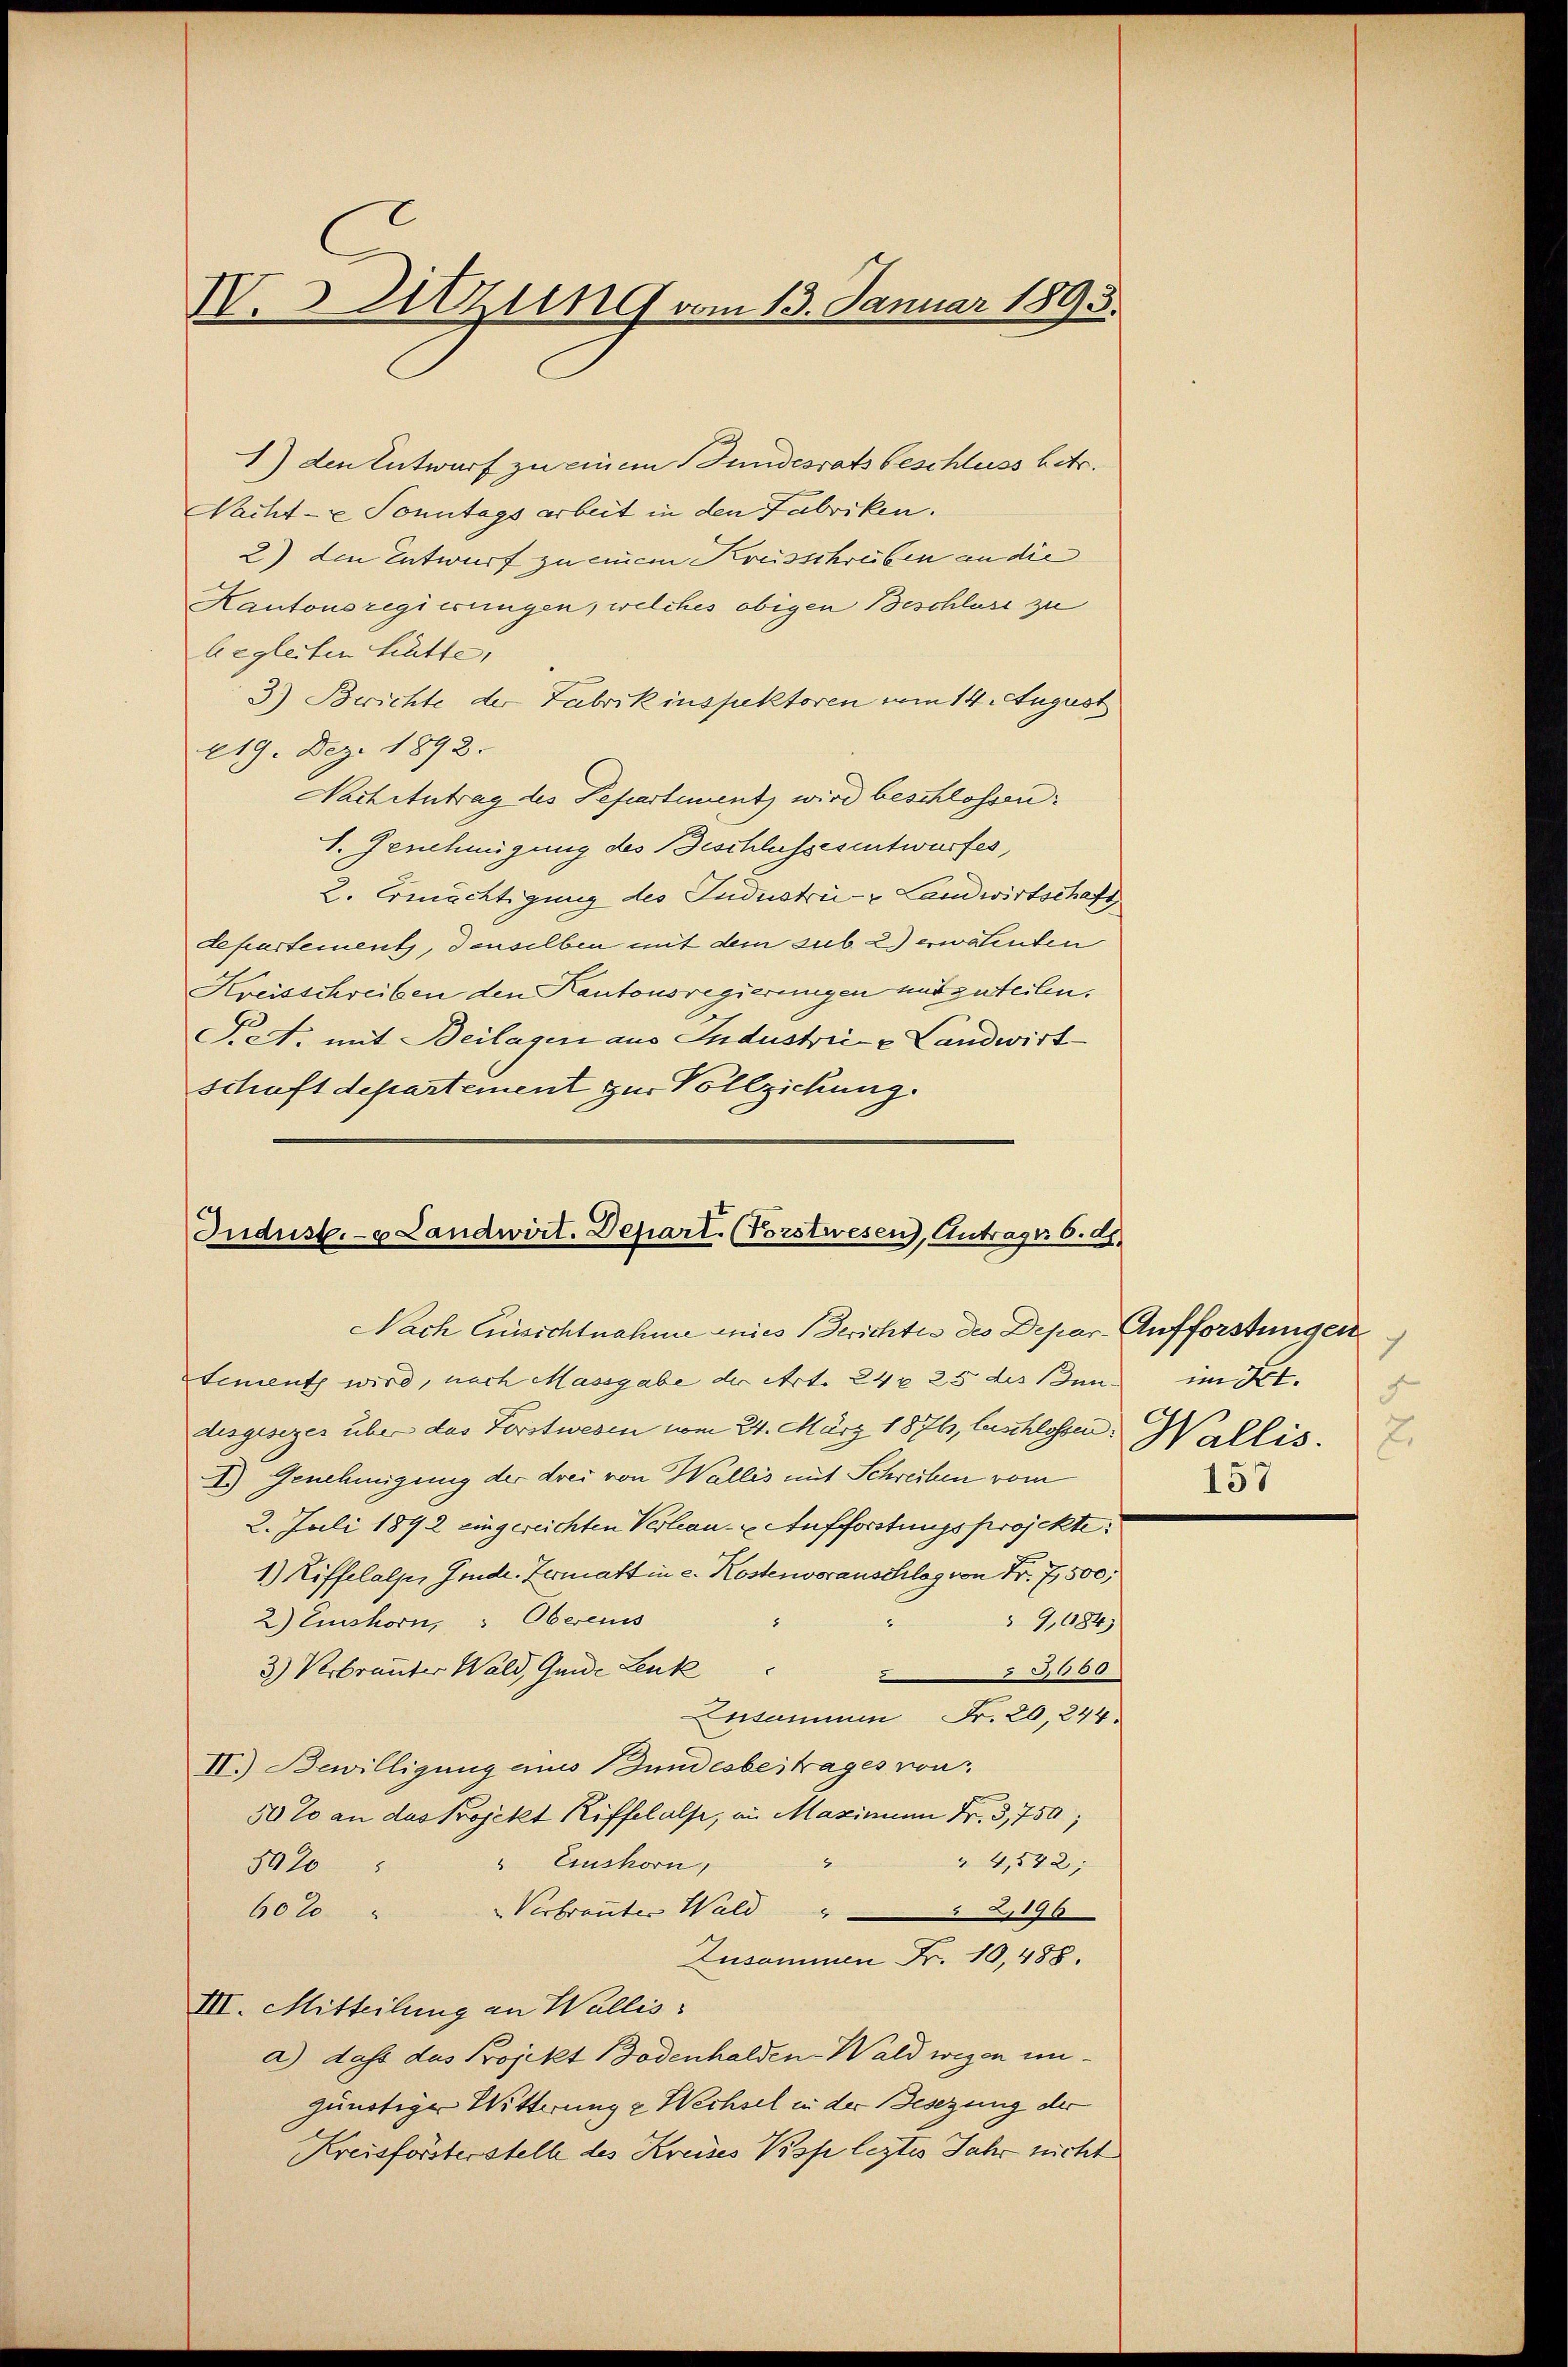
I.s Utzung vom 13. Januar 1893.

1) den Entwurf zu einem Bundesrats beschluss betr.
Nacht- u Sonntags arbeit in den Fabriken.
2) den Entwurf zu einem Kreisschreiben an die
Kantonsregierungen, welches obigen Beschluss zu
begleiten hätte,
3) Berichte der Fabrikinspektoren vom 14. August
219. Dez. 1892.
Nach Antrag des Departement wird beschlossen:
1. Genehmigung des Beschlussesentwurfes,
L. Ermächtigung des Industrie Landwirtschaft,
departement, denselben mit dem sub 2) erwähenden
Kreisschreiben den Kantonsregierungen und zuteilen.
Fett. mit Beilagen aus Industrie - Landwirt
schaft departement zur Vollziehung.

Indust. - u Landwirt. Depart. (Vorstwesen), Antrages 8.4.

Nach Einsichtnahme annes Berichtes des Depar-Aufforstungen
tement wird, nach Massgabe der Art. 24 x 25 des Bin im Art.
desgesezes über das Forstwesen vom 24. März 1876, leschlossen. Wallis. E
A.) Genehmigung der drei von Wallis mit Schreiben vom
2. Juli 1892 eingereichten Verlau- & Aufforstungsprojekte:
1.) Riffelalp, Jede Zermatt in e. Kostenvorauschlag von Fr. 7,500;
2) Einshorn, " Obereins
9,684)
3) Verbrannter Wald, Guide Lenk
 3500
Ensammen Fr. 20, 244.
II.) Bewilligung eines Bundesbeitrages von
50% an das Projekt Riffel als, an Maximann Fr. 3,750;
2
" 4,542;
" Einshorn,
807
60 x
Vertrauter Wald 2,196
Zusammen Fr. 10,488.
III. Mitteilung an Wallis:
a) dass das Projekt Bodenhalden-Wald wegen unzunötige Wittwung & Wechsel in der Gesezung der
Kreisförsterstelle des Kreises Visp leztes Jahr nicht

F
157